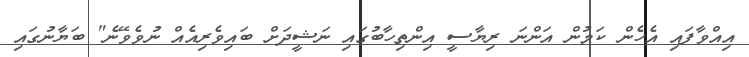
އިއްވާފައި އެހެން ކަމުން އަންނަ ރިޔާސީ އިންތިހާބުގައި ނަޝީދަށް ބައިވެރިއެއް ނުވެވޭނެ" ބަޔާނުގައި